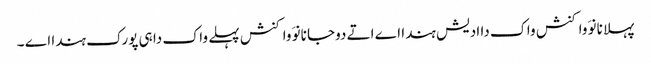
پہلا نانوَ واکنش واک دا ادیش ہندا اے اتے دوجا نانوَ واکنش پہلے واک دا ہی پورک ہندا اے ۔